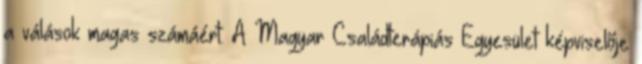
a válások magas számáért. A Magyar Családterápiás Egyesület képviselője